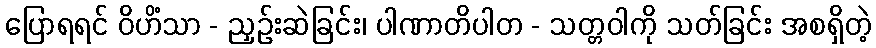
ပြောရရင် ဝိဟိံသာ - ညှဉ်းဆဲခြင်း၊ ပါဏာတိပါတ - သတ္တဝါကို သတ်ခြင်း အစရှိတဲ့